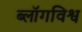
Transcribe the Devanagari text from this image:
ब्लॉगविश्व